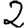
Digit: 2